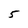
Character: 5